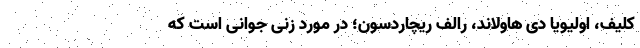
کلیف، اولیویا دی هاولاند، رالف ریچاردسون؛ در مورد زنی جوانی است که